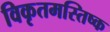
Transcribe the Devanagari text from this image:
विकृतमस्तिष्क